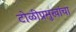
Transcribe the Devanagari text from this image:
टोळीप्रमुखांचा